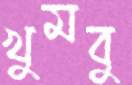
খুমবু